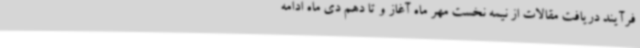
فرآیند دریافت مقالات از نیمه نخست مهر ماه آغاز و تا دهم دی ماه ادامه